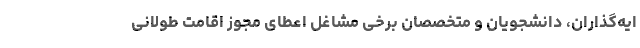
ایه‌گذاران، دانشجویان و متخصصان برخی مشاغل اعطای مجوز اقامت‌ طولانی